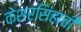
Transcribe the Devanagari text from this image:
केशरसिंहाची